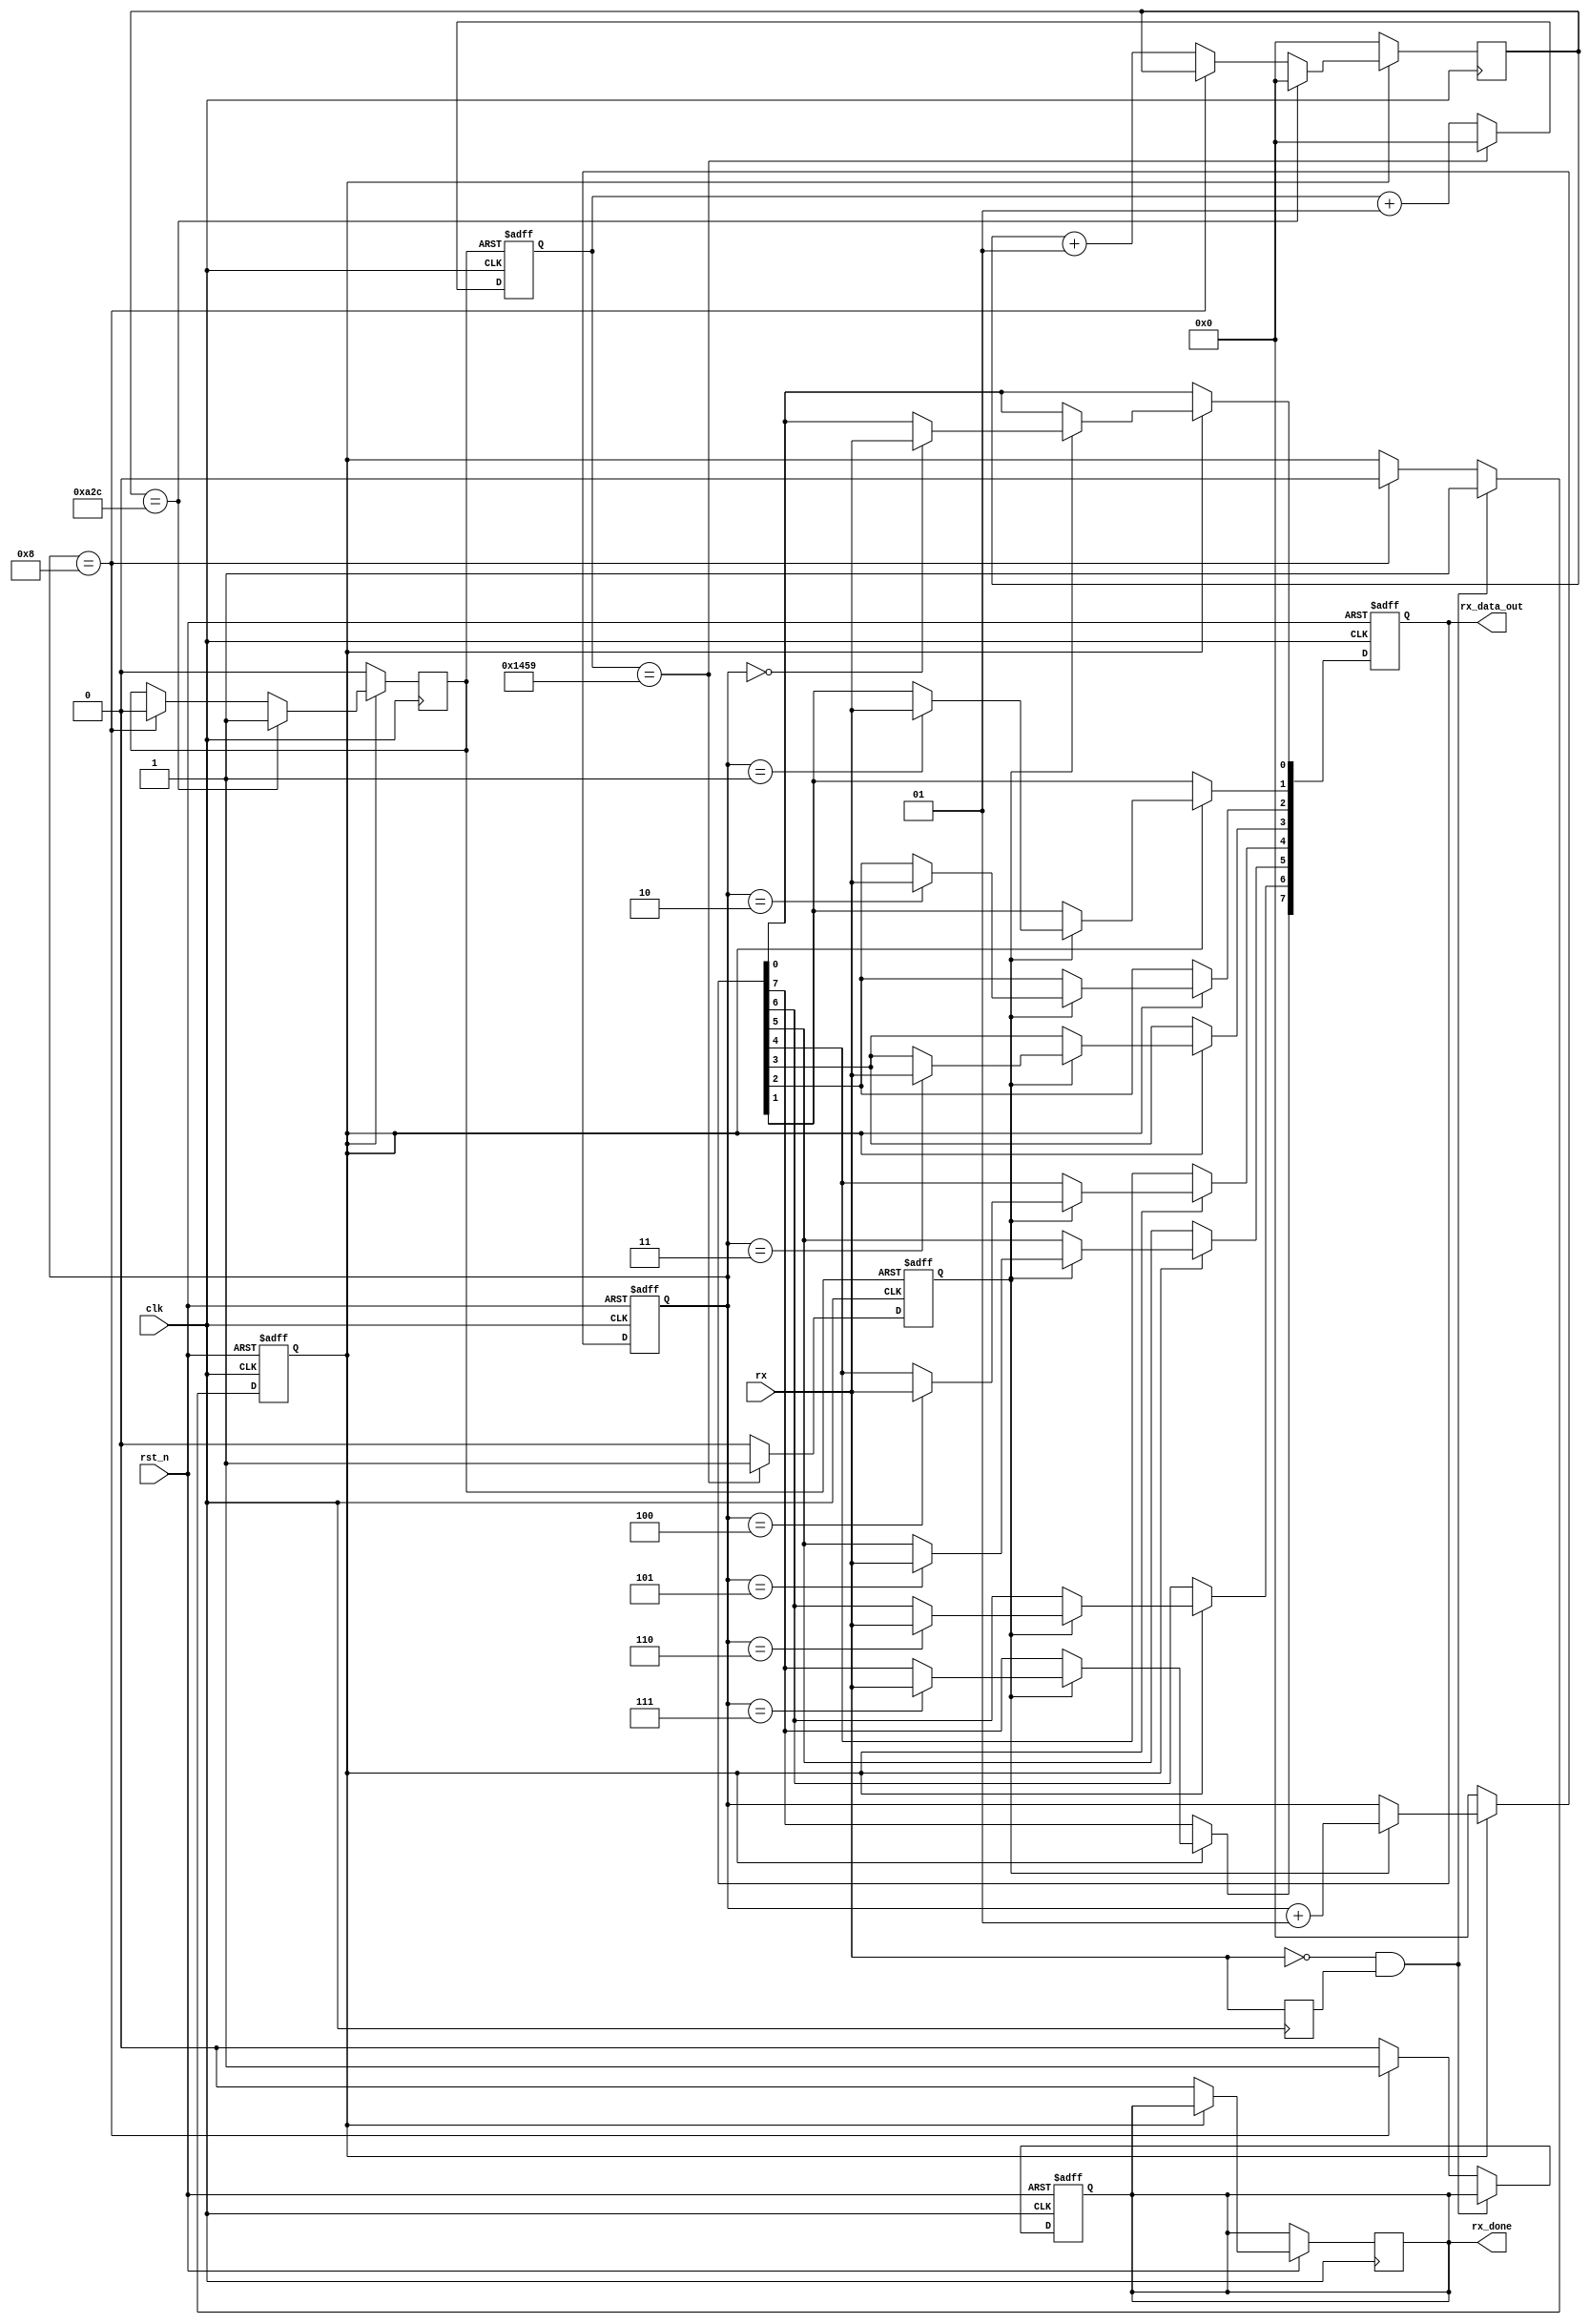
module uart_rx(
    input   clk,rst_n,
    input   rx,
    output  [7:0]rx_data_out,
    output  reg rx_done
);

    //9600bps   4ns???

parameter clk_bps = 50_000_000;
parameter clk_en  = (clk_bps*10)/9600;



reg bps_start;
reg bit_start;
reg en_bpss;
integer cnt_bps;
integer cnt_bit;
reg half;
integer num_bit;
reg rx_en;
always @(posedge clk ) begin
    if(!rx_en) begin
        cnt_bps <= 0;
        bps_start <= 0;
        half<=0;
    end else if(cnt_bps == (clk_en/20)) begin
        half <= 1;
        cnt_bps <= 0;
    end else if(num_bit == 8 )begin
        half <= 0;
    end else begin

        cnt_bps <= cnt_bps + 1;
    end
end

always @(posedge clk or negedge half) begin
    if(!half) begin
        en_bpss<=0;
        bit_start <= 0;
        cnt_bit<=0;
    end else if(cnt_bit == (clk_en/10) + 1) begin
        bit_start <= 1;
        cnt_bit <= 0;
    end else begin
        bit_start <= 0;
        cnt_bit <= cnt_bit + 1;
    end
end


reg rx_reg0,rx_reg1;
always @(posedge clk) begin
    rx_reg0<=rx;
    rx_reg1<=rx_reg0;
end



always @(posedge clk or negedge rst_n) begin
    if(!rst_n)begin
        rx_en<=0;
        rx_done<=0;
    end else if(!rx&rx_reg0)begin
        rx_en<=1;
    end else    if(num_bit == 8 )begin
        rx_en<=0;
        rx_done<=1;
    end else
        rx_done<=0;

end



reg [7:0] rx_data;
always @(posedge clk or negedge rst_n) begin
    if(!rst_n) begin
        num_bit <= 0;
        rx_data<=0;

    end else if(rx_en) begin
        if(bit_start) begin
            case (num_bit)
                0: rx_data[0] <= rx;
                1: rx_data[1] <= rx;
                2: rx_data[2] <= rx;
                3: rx_data[3] <= rx;
                4: rx_data[4] <= rx;
                5: rx_data[5] <= rx;
                6: rx_data[6] <= rx;
                7: begin 
                    rx_data[7] <= rx;

                end

            endcase
            num_bit <= num_bit + 1;
        end
    end else begin
        rx_done<=0;
        num_bit <= 0;

    end
end
assign rx_data_out = rx_data;



endmodule